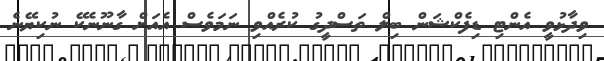
ވިދާޅުވީ އެންޓި ޑިފެކްޝަން ބިލް ތަސްދީގު ކުރެއްވި ނަމަވެސް އެއަށް ގާނޫނެކޭ ނުކިޔޭނެ